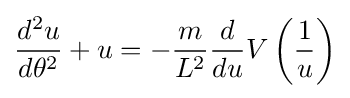
{\frac {d^{2}u}{d\theta ^{2}}}+u=-{\frac {m}{L^{2}}}{\frac {d}{du}}V\left({\frac {1}{u}}\right)